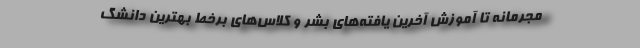
مجرمانه تا آموزش آخرین یافته‌های بشر و کلاس‌های برخط بهترین دانشگ